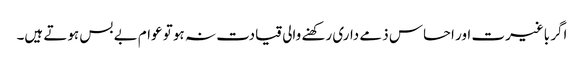
اگر باغیرت اور احساس ذمے داری رکھنے والی قیادت نہ ہو تو عوام بے بس ہوتے ہیں۔